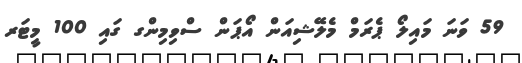
59 ވަނަ މައިލޯ ޕެރަމް މެލޭޝިއަން އޯޕަން ސްވިމިންގ ގައި 100 މީޓަރ